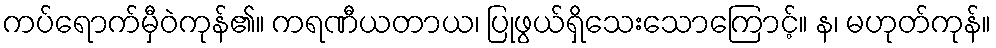
ကပ်ရောက်မှီဝဲကုန်၏။ ကရဏီယတာယ၊ ပြုဖွယ်ရှိသေးသောကြောင့်။ န၊ မဟုတ်ကုန်။